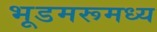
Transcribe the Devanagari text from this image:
भूडमरूमध्य